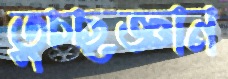
তুচ্ছজ্ঞান